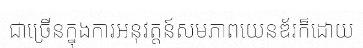
ជាច្រើនក្នុងការអនុវត្តន៍សមភាពយេនឌ័រក៏ដោយ